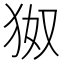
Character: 𪺹